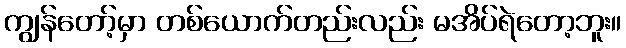
ကျွန်တော့်မှာ တစ်ယောက်တည်းလည်း မအိပ်ရဲတော့ဘူး။